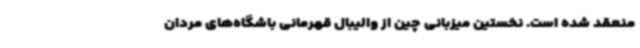
منعقد شده است. نخستین میزبانی چین از والیبال قهرمانی باشگاه‌های مردان